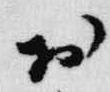
於